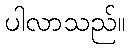
ပါလာသည်။